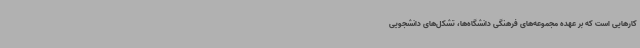
کارهایی است که بر عهده مجموعه‌های فرهنگی دانشگاه‌ها، تشکل‌های دانشجویی